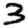
Digit: 3